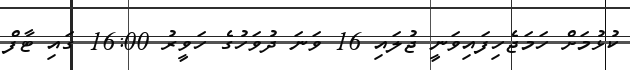
ކުޅުމަށް ހަމަޖެހިފައިވަނީ ޖުލައި 16 ވަނަ ދުވަހުގެ ހަވީރު 16:00 ގައި ޓާފް